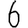
Digit: 6